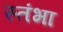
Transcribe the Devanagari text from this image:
स्तंभा